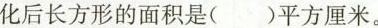
化为长方形。转化后长方形的面积是( )平方厘米。